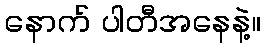
နောက် ပါတီအနေနဲ့။